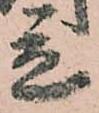
立